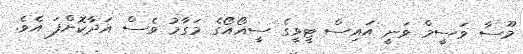
މޫސާ ވަސީމް ވަނީ އައިސް ޓީވީގެ ސީއޯއޯގެ މަގާމު ވެސް އަދާކޮށްފަ އެވެ.